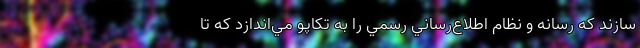
‌سازند كه رسانه و نظام اطلاع‌رساني رسمي را به تكاپو مي‌اندازد كه تا